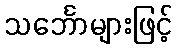
သင်္ဘောများဖြင့်